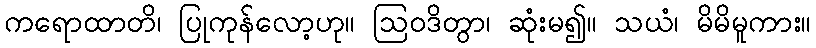
ကရောထာတိ၊ ပြုကုန်လော့ဟု။ ဩဝဒိတွာ၊ ဆုံးမ၍။ သယံ၊ မိမိမူကား။